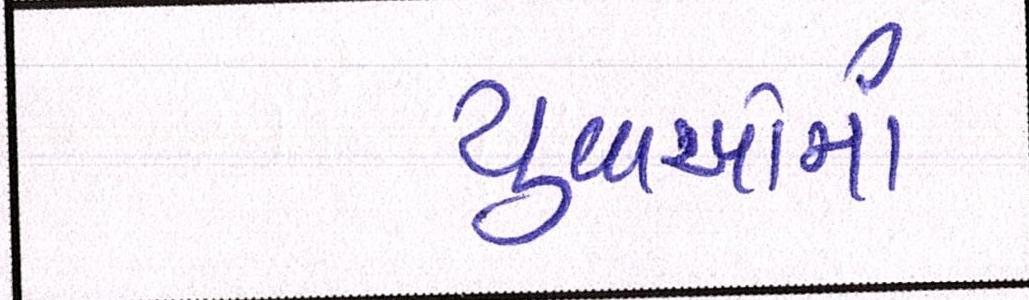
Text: યુવાઓમાં